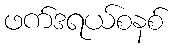
ဖက်ဒရယ်စနစ်